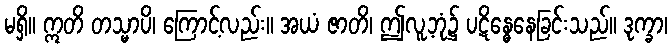
မရှိ။ ဣတိ တသ္မာပိ၊ ကြောင့်လည်း။ အယံ ဇာတိ၊ ဤလူ့ဘုံ၌ ပဋိန္ဓေနေခြင်းသည်။ ဒုက္ခာ၊